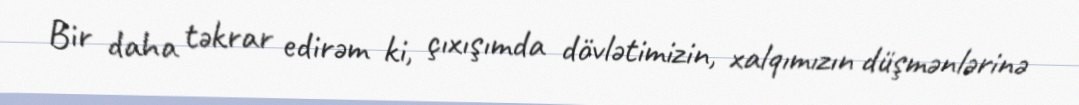
Bir daha təkrar edirəm ki, çıxışımda dövlətimizin, xalqımızın düşmənlərinə